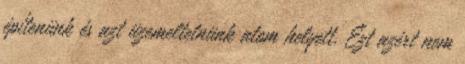
építenünk és azt üzemeltetnünk atom helyett. Ezt azért nem